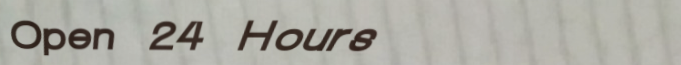
Open 24 Hours